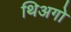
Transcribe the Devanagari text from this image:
थिअगो